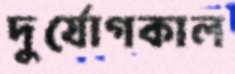
দুর্যোগকাল